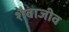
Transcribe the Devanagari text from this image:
शैवाजीव